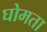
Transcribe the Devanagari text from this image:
घोमता